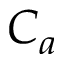
C _ { a }